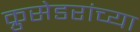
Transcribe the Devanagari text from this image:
क्रुसेडरांच्या